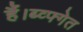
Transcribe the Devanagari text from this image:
हैं।ब्व्फ्गेत